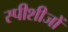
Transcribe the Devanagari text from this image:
स्पीशीजों